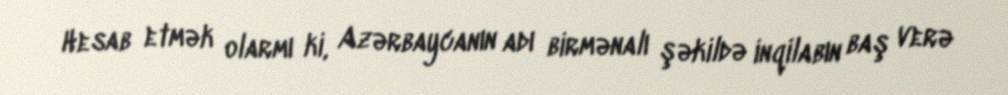
Hesab etmək olarmı ki, Azərbaycanın adı birmənalı şəkildə inqilabın baş verə